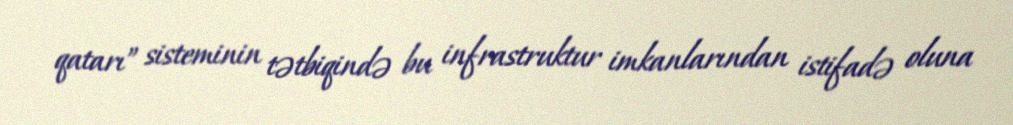
qatarı” sisteminin tətbiqində bu infrastruktur imkanlarından istifadə oluna